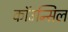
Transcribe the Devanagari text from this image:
कॉउन्सिल